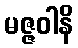
မဇ္ဇဝါနိ